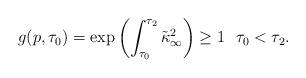
LaTeX: \begin{align*} g(p,\tau_0) = \exp\left(\int_{\tau_0}^{\tau_2}\tilde\kappa_\infty^2\right)\geq 1 \ \ \tau_0<\tau_2. \end{align*}